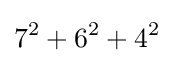
7^{2}+6^{2}+4^{2}